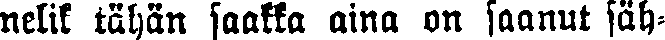
nelik tähän saakka aina on saanut säh-